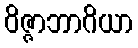
ဝိဇ္ဇာဘာဂိယာ